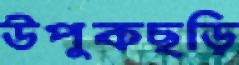
উপুকছড়ি